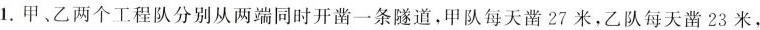
1.甲、乙两个工程队分别从两端同时开凿一条隧道，甲队每天凿27米，乙队每天凿23米，